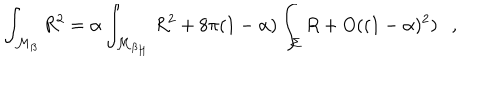
LaTeX: \int _ { { \cal M } _ { \beta } } R ^ { 2 } = \alpha \int _ { { \cal M } _ { \beta _ { H } } } R ^ { 2 } + 8 \pi ( 1 - \alpha ) \int _ { \Sigma } R + O ( ( 1 - \alpha ) ^ { 2 } ) ,